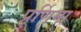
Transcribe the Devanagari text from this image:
प्रूर्णिमा